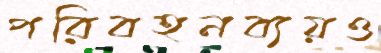
পরিবহনব্যয়ও